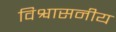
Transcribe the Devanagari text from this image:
विश्वासनीय